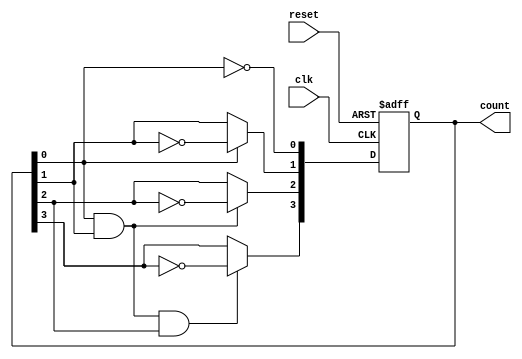
module ripple_counter (
    input wire clk,          // Clock input
    input wire reset,        // Asynchronous reset
    output reg [3:0] count   // 4-bit counter output
);

// Always block triggered on the rising edge of the clock or the reset signal
always @(posedge clk or posedge reset) begin
    if (reset) begin
        count <= 4'b0000;   // Reset the counter to 0
    end else begin
        count[0] <= ~count[0]; // Toggle LSB
        count[1] <= count[0] ? ~count[1] : count[1]; // Toggle second bit on LSB transition
        count[2] <= (count[0] & count[1]) ? ~count[2] : count[2]; // Toggle third bit on transition of second bit
        count[3] <= (count[0] & count[1] & count[2]) ? ~count[3] : count[3]; // Toggle MSB on transition of third bit
    end
end

endmodule